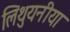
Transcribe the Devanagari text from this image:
लिथुयनीया